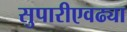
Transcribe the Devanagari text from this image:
सुपारीएवढ्या